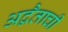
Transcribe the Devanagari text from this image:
अद्वैताची